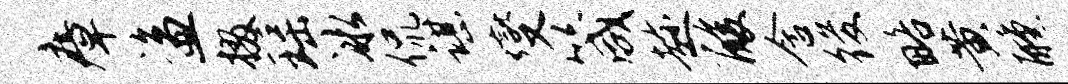
瘴盗掇瑶冰侃谌燮箴趁酸含後略黄醺